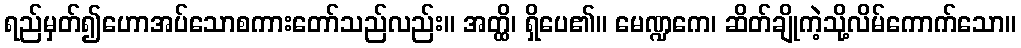
ရည်မှတ်၍ဟောအပ်သောစကားတော်သည်လည်း။ အတ္ထိ၊ ရှိပေ၏။ မေဏ္ဍကေ၊ ဆိတ်ချိုကဲ့သို့လိမ်ကောက်သော။